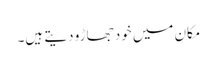
مکان میں خود جھاڑو دیتے ہیں۔